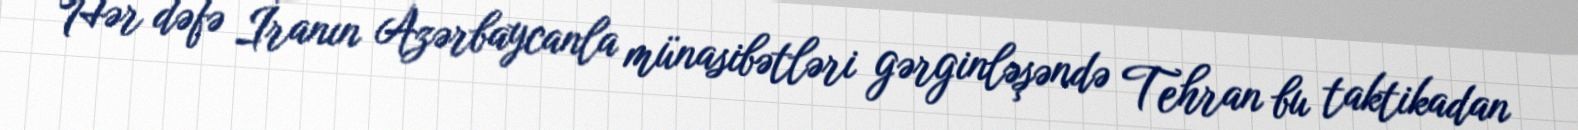
Hər dəfə İranın Azərbaycanla münasibətləri gərginləşəndə Tehran bu taktikadan